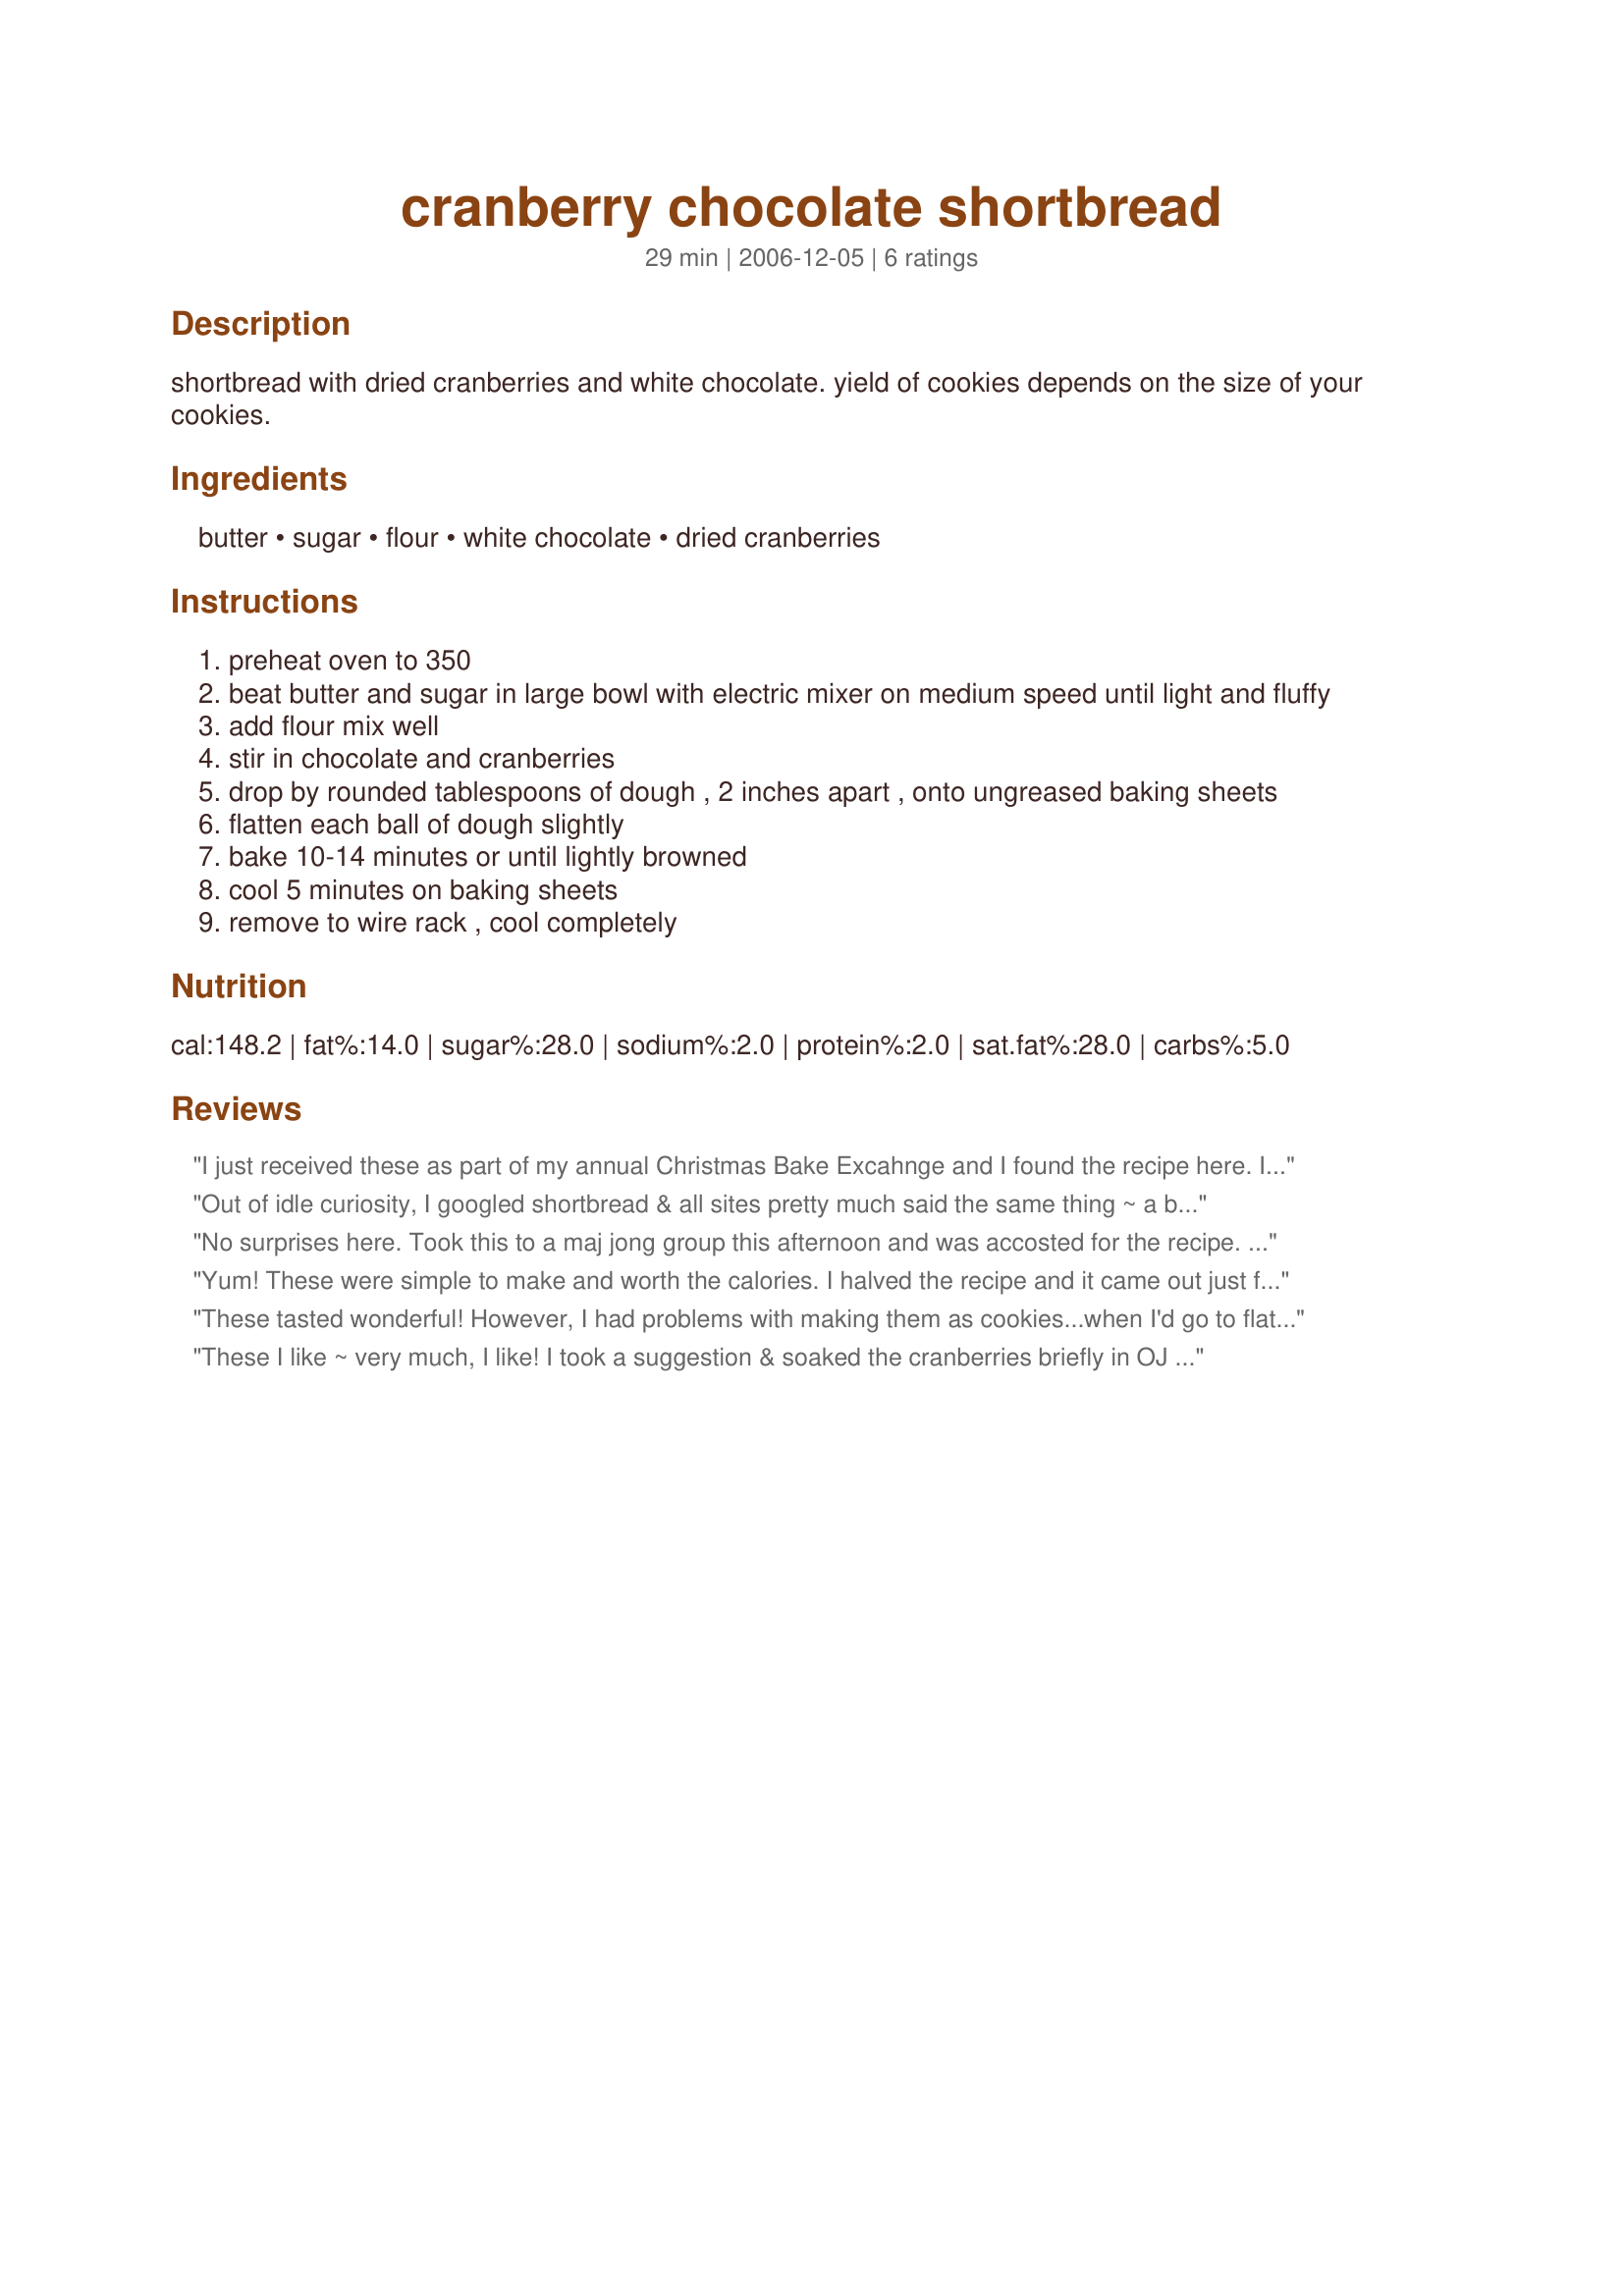
cranberry chocolate shortbread
Preparation time: 29 minutes

shortbread with dried cranberries and white chocolate. yield of cookies depends on the size of your cookies.

Ingredients:
butter, sugar, flour, white chocolate, dried cranberries

Steps:
preheat oven to 350
beat butter and sugar in large bowl with electric mixer on medium speed until light and fluffy
add flour mix well
stir in chocolate and cranberries
drop by rounded tablespoons of dough , 2 inches apart , onto ungreased baking sheets
flatten each ball of dough slightly
bake 10-14 minutes or until lightly browned
cool 5 minutes on baking sheets
remove to wire rack , cool completely

Reviews:
I just received these as part of my annual Christmas Bake Excahnge and I found the recipe here. I have not made these myself, but I have sampled them and they are really good. Thanks for posting :)
Out of idle curiosity, I googled shortbread & all sites pretty much said the same thing ~ a buttery cookie w/a rich crumbly texture that is made w/a high proportion of butter to flour & a comparatively sml proportion of sugar. This is a perfect description of these cookies, but they take the genre out of the ordinary w/the addition of choc & cranberries. I made a half recipe, the yield was right-on & I had no trouble handling the dough. Like other reviewers, I plumped the dry cranberries b4 adding them to the mix & I did use dark chocolate as we agreed. As DH taste-tested, he just kept saying these were *excellent cookies* & how pleased he was they would be our contribution to a *Hot Chocolate and Sweet Treats* family get together this afternoon. We love these cookies, Calee! Thx for sharing this recipe w/us.
No surprises here. Took this to a maj jong group this afternoon and was accosted for the recipe. I found that the entire butter, sugar, flour mixing should happen in a food processor- and the adding chocolate chips and cranberries by hand in a large bowl was a good fix.. Hard to tell when done. Think it ended up being approximately an extra 5 minutes for me.
Yum! These were simple to make and worth the calories. I halved the recipe and it came out just fine. Thanks for posting a nice treat!
These tasted wonderful! However, I had problems with making them as cookies...when I'd go to flatten them they'd crumble! So I pushed the dough into my largest jellyroll pan and pricked the top all over just like regular shortbread. I think I baked it a little longer until it was lightly browned at the edges. I let it cool and then cut it into bars. I used white chocolate chips. I would suggest soaking the cranberries first...perhaps in orange juice...because they were a little dry. My co-workers all raved about these. Made for 1-2-3 hit wonders.
These I like ~ very much, I like! I took a suggestion & soaked the cranberries briefly in OJ [& a little orange extract!] before putting it all together & making cookies, & they turned out great for me. Nevertheless, next time [& there will be one!] I'd like to make them into bars & add them in that fashion to my finger foods from time to time! I'm not a big fan of white chocolate, but it worked well in this case! Many thanks!
